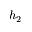
h _ { 2 }